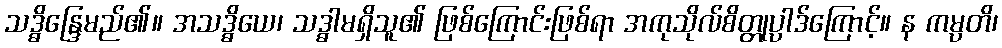
သဒ္ဓိန္ဒြေမည်၏။ အသဒ္ဓိယေ၊ သဒ္ဓါမရှိသူ၏ ဖြစ်ကြောင်းဖြစ်ရာ အကုသိုလ်စိတ္တုပ္ပါဒ်ကြောင့်။ န ကမ္ပတိ၊